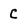
Character: C